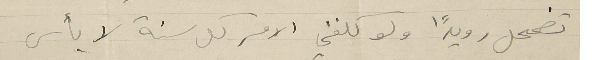
تضمحل رويدًا ولو كلفني الامر كل سنة لا بأس